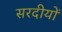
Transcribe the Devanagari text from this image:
सरदीयों